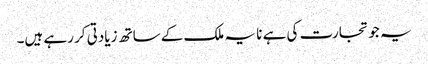
یہ جو تجارت کی ہے نا یہ ملک کے ساتھ زیادتی کر رہے ہیں۔